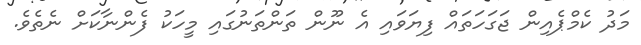
މަދު ކެމްޕެއިން ޖަގަހަތައް ފިޔަވައި އެ ނޫން ތަންތަނުގައި މީހަކު ފެންނާކަށް ނެތެވެ.